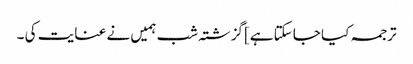
ترجمہ کیا جاسکتا ہے]گزشتہ شب ہمیں نے عنایت کی ۔